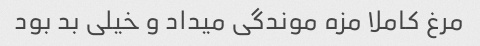
مرغ کاملا مزه موندگی میداد و خیلی بد بود